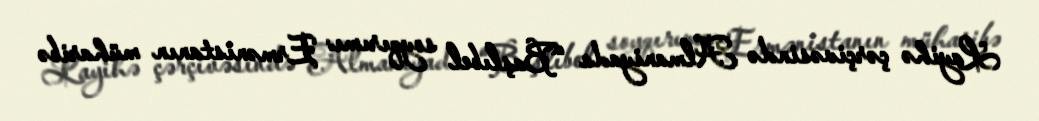
Layihə çərçivəsində Almaniyada “Başlıbel soyqırımı: Ermənistanın müharibə